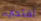
افتحي